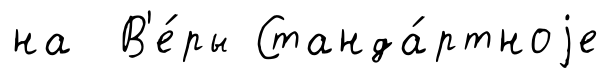
на В'е́ры Станда́ртноjе